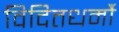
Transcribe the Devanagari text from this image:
विदितधर्मौ